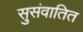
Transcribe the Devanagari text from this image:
सुसंवातित